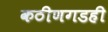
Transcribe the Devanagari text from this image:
कठीणगडही